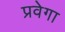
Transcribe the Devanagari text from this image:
प्रवेगा